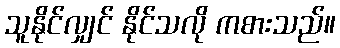
သူနိုင်လျှင် နိုင်သလို ကစားသည်။